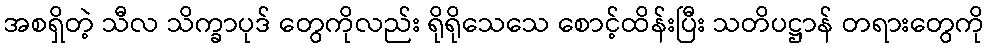
အစရှိတဲ့ သီလ သိက္ခာပုဒ် တွေကိုလည်း ရိုရိုသေသေ စောင့်ထိန်းပြီး သတိပဋ္ဌာန် တရားတွေကို